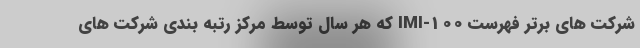
شرکت های برتر فهرست IMI-100 که هر سال توسط مرکز رتبه بندی شرکت های